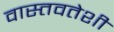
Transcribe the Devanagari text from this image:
वास्तवतेशी